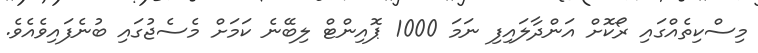
މިސްކިތެއްގައި ރޯކޮށް އަންދާލައިފި ނަމަ 1000 ޕޮއިންޓް ލިބޭނެ ކަމަށް މެސެޖުގައި ބުނެފައިވެއެވެ.